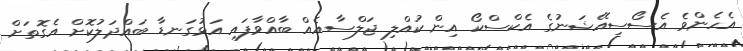
އެހެންވެ އެސޯސިއޭޝަނުގެ އެކްސްކޯ އިން ކުއްލި ޖަލްސާއެއް ބާއްވާފައި އަޅުގަނޑާ ބައްދަލުކޮށް އެގޮތަށް